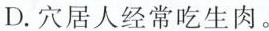
D.穴居人经常吃生肉.